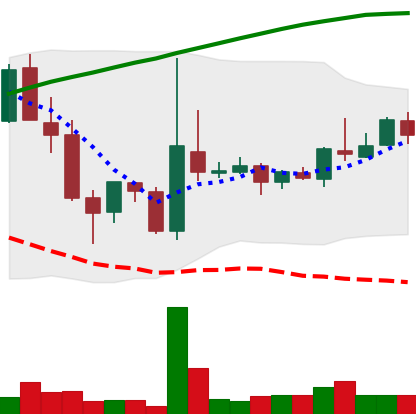
Ticker: TRX-USD
Chart end date: 2018-04-16
Forward return: 30.107%
Label: up_7plus